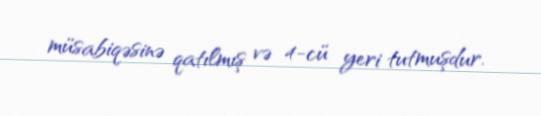
müsabiqəsinə qatılmış və 4-cü yeri tutmuşdur.